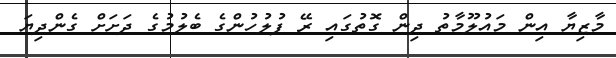
މާޒިޔާ އިން މައުލޫމާތު ދިން ގޮތުގައި ރޭ ފުލުހުންގެ ބެލުމުގެ ދަށަށް ގެންދިޔަ